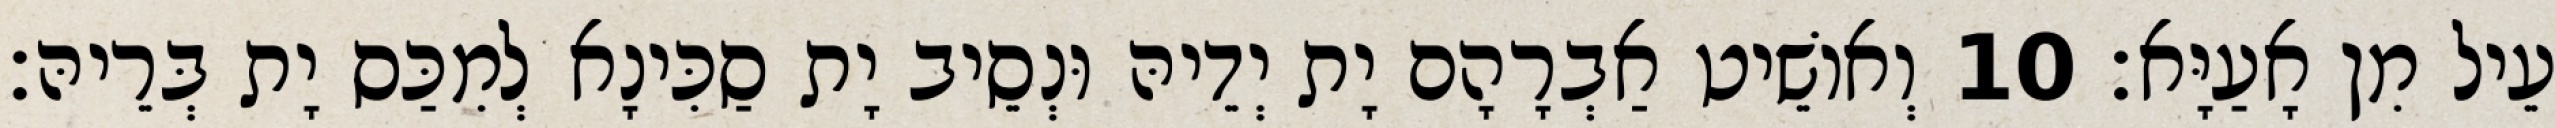
עֵיל מִן אָעַיָּא׃ 10 וְאוֹשֵׁיט אַבְרָהָם יָת יְדֵיהּ וּנְסֵיב יָת סַכִּינָא לְמִכַּס יָת בְּרֵיהּ׃